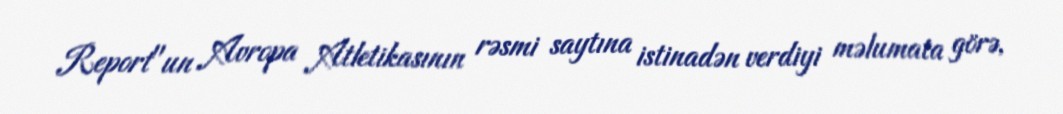
Report"un Avropa Atletikasının rəsmi saytına istinadən verdiyi məlumata görə,